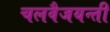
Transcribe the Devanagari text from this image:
चलवैजयन्ती